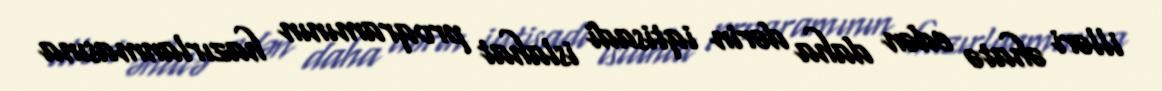
illəri əhatə edən daha dərin iqtisadi islahat proqramının hazırlanmasına